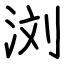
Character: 浏